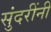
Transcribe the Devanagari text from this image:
सुंदरींनी